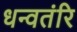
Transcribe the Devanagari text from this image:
धन्वतंरि